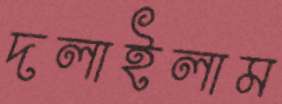
দলাইলাম